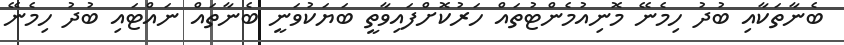
ބެނާތަކާއި ބުދު ހިމެނޭ މޮނިއުމެންޓުތައް ހަރުކޮށްފައިވާތީ ބަޔަކުވަނީ ބެނާތައް ނައްޓައި ބުދު ހިމެނޭ